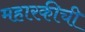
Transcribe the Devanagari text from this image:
महारकीची